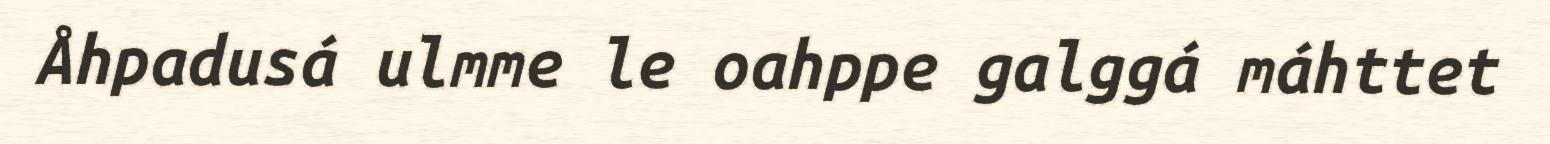
Åhpadusá ulmme le oahppe galggá máhttet